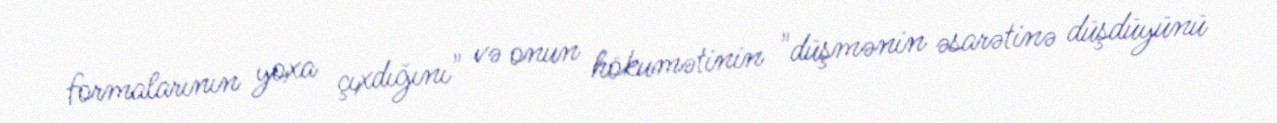
formalarının yoxa çıxdığını" və onun hökumətinin "düşmənin əsarətinə düşdüyünü